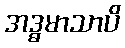
အဒ္ဓမာသာပိ